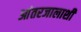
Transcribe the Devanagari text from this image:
आंतरजालाशी